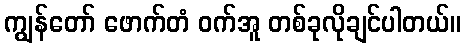
ကျွန်တော် ဖောက်တံ ဝက်အူ တစ်ခုလိုချင်ပါတယ်။